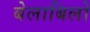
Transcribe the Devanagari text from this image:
बेलाबिलो